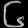
Digit: ၆